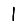
Digit: 1